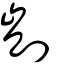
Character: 剴